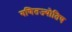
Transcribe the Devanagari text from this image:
गणितज्योतिष